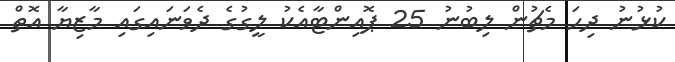
ކުޅުނު ދިހަ މެޗުން ލިބުނު 25 ޕޮއިންޓާއެކު ލީގުގެ ދެވަނައިގައި މާޒިޔާ އޮތް